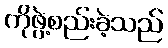
ကိုဖွဲ့စည်းခဲ့သည်